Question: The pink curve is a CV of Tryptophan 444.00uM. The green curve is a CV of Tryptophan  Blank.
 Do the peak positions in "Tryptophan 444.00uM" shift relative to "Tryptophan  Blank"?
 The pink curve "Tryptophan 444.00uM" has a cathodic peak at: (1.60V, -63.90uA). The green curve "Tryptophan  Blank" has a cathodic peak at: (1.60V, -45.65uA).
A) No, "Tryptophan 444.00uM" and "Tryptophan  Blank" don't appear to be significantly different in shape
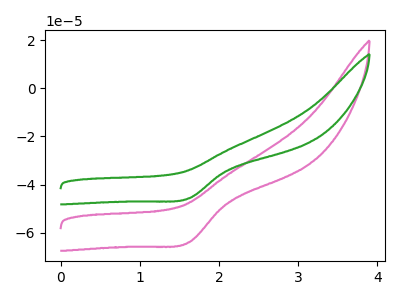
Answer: <think>All the peaks in "Tryptophan 444.00uM" have a peak in "Tryptophan  Blank" at the same potential. Every peak in "Tryptophan 444.00uM" is higher than every peak in "Tryptophan  Blank".
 </think>
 <answer>A) No, "Tryptophan 444.00uM" and "Tryptophan  Blank" don't appear to be significantly different in shape</answer>
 <eval>A</eval>